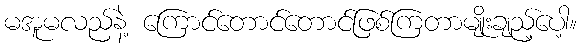
မအူမလည်နဲ့ ကြောင်တောင်တောင်ဖြစ်ကြတာမျိုးချည့်ပေါ့။